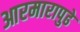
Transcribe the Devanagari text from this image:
आरमारापुढे